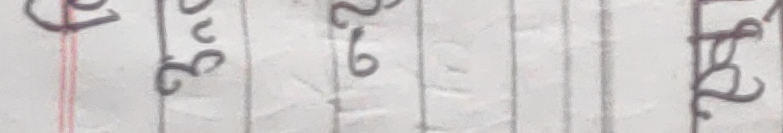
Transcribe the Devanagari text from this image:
३१ जुन २६  रु